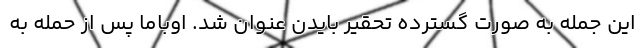
این جمله به صورت گسترده تحقیر بایدن عنوان شد. اوباما پس از حمله به